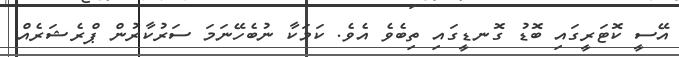
އޭސީ ކޮޓަރީގައި ބޮޑު ގޮނޑީގައި ތިބެވެ އެވެ. ކަމަކާ ނުބެހޭނަމަ ސަރުކާރުން ޕްރެޝަރެއް